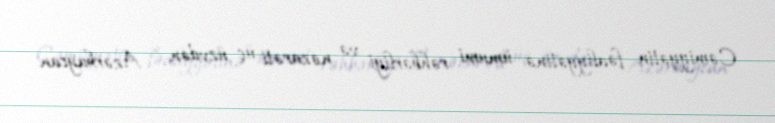
Cəmiyyətin fəaliyyətinə ümumi rəhbərliyi və nəzarəti üç üzvdən - Azərbaycan